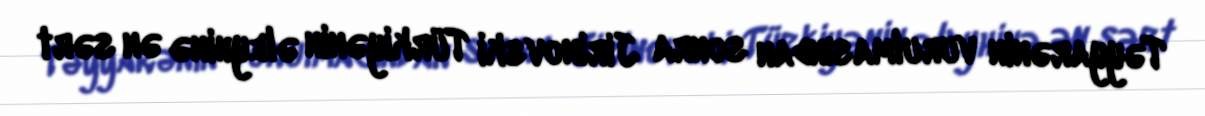
Təyyarənin vurulmasından sonra Jirinovski Türkiyənin əleyhinə ən sərt